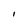
Character: l